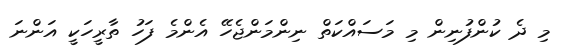
މި ދެ ކުންފުނިން މި މަސައްކަތް ނިންމަންޖެހޭ އެންމެ ފަހު ތާރީހަކީ އަންނަ